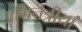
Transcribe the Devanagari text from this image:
अभिनेत्रीयां